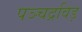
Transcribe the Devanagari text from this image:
पञ्चद्रविड़